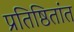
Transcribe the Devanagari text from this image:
प्रतिष्ठितांत